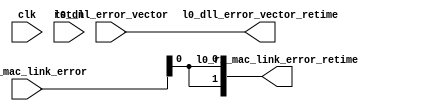

//-----------------------------------------------------------------------------
//
// (c) Copyright 2009-2010 Xilinx, Inc. All rights reserved.
//
// This file contains confidential and proprietary information
// of Xilinx, Inc. and is protected under U.S. and
// international copyright and other intellectual property
// laws.
//
// DISCLAIMER
// This disclaimer is not a license and does not grant any
// rights to the materials distributed herewith. Except as
// otherwise provided in a valid license issued to you by
// Xilinx, and to the maximum extent permitted by applicable
// law: (1) THESE MATERIALS ARE MADE AVAILABLE "AS IS" AND
// WITH ALL FAULTS, AND XILINX HEREBY DISCLAIMS ALL WARRANTIES
// AND CONDITIONS, EXPRESS, IMPLIED, OR STATUTORY, INCLUDING
// BUT NOT LIMITED TO WARRANTIES OF MERCHANTABILITY, NON-
// INFRINGEMENT, OR FITNESS FOR ANY PARTICULAR PURPOSE; and
// (2) Xilinx shall not be liable (whether in contract or tort,
// including negligence, or under any other theory of
// liability) for any loss or damage of any kind or nature
// related to, arising under or in connection with these
// materials, including for any direct, or any indirect,
// special, incidental, or consequential loss or damage
// (including loss of data, profits, goodwill, or any type of
// loss or damage suffered as a result of any action brought
// by a third party) even if such damage or loss was
// reasonably foreseeable or Xilinx had been advised of the
// possibility of the same.
//
// CRITICAL APPLICATIONS
// Xilinx products are not designed or intended to be fail-
// safe, or for use in any application requiring fail-safe
// performance, such as life-support or safety devices or
// systems, Class III medical devices, nuclear facilities,
// applications related to the deployment of airbags, or any
// other applications that could lead to death, personal
// injury, or severe property or environmental damage
// (individually and collectively, "Critical
// Applications"). Customer assumes the sole risk and
// liability of any use of Xilinx products in Critical
// Applications, subject only to applicable laws and
// regulations governing limitations on product liability.
//
// THIS COPYRIGHT NOTICE AND DISCLAIMER MUST BE RETAINED AS
// PART OF THIS FILE AT ALL TIMES.
//
//-----------------------------------------------------------------------------
// Project    : V5-Block Plus for PCI Express
//--------------------------------------------------------------------------------
//--------------------------------------------------------------------------------

//
//   ____  ____
//  /   /\/   /
// /___/  \  /    Vendor      : Xilinx
// \   \   \/     Version     : 1.1
//  \   \         Application : Generated by Xilinx PCI Express Wizard
//  /   /         Filename    : extend_clk.v
// /___/   /\     Module      : Extend Clk period of certain signals 
// \   \  /  \
//  \___\/\___\
//
//------------------------------------------------------------------------------

//  Purpose: Extend signals coming out of Block that are clocked with core_clk
//  by 0, 2 or 4 signals depending on frequency so BlkPlus(clocked using
//  user_clk) logic does not miss them.  


`ifndef Tcq
   `define Tcq 1
`endif

module extend_clk 
#(
   // use 1 for 250Mhz use 2 for 125Mhz and 4 for 62.5Mhz
   parameter CLKRATIO=1
)
(
   input            clk,
   input            rst_n,
   input   [6:0]    l0_dll_error_vector,   
   input   [1:0]    l0_rx_mac_link_error,  

   output  [6:0]    l0_dll_error_vector_retime,  
   output  [1:0]    l0_rx_mac_link_error_retime
);


   reg     [6:0]    l0_dll_error_vector_d;
   reg     [6:0]    l0_dll_error_vector_dd;
   reg     [6:0]    l0_dll_error_vector_ddd;
   reg     [1:0]    l0_rx_mac_link_error_d;
   reg     [1:0]    l0_rx_mac_link_error_dd;
   reg     [1:0]    l0_rx_mac_link_error_ddd;



always @(posedge clk) begin
   if (CLKRATIO == 2) begin          // 125Mhz
      if (!rst_n) begin
         l0_dll_error_vector_d   <= #`Tcq 6'h00;
         l0_rx_mac_link_error_d  <= #`Tcq 2'h0;
      end else begin
         l0_dll_error_vector_d   <= #`Tcq l0_dll_error_vector;
         l0_rx_mac_link_error_d  <= #`Tcq l0_rx_mac_link_error;
      end
   end else if (CLKRATIO == 4) begin // 62.5Mhz
      if (!rst_n)
      begin
         l0_dll_error_vector_d     <= #`Tcq 6'h00;
         l0_dll_error_vector_dd    <= #`Tcq 6'h00;
         l0_dll_error_vector_ddd   <= #`Tcq 6'h00;

         l0_rx_mac_link_error_d    <= #`Tcq 2'h0;
         l0_rx_mac_link_error_dd   <= #`Tcq 2'h0;
         l0_rx_mac_link_error_ddd  <= #`Tcq 2'h0;
      end else begin
         l0_dll_error_vector_d     <= #`Tcq l0_dll_error_vector;
         l0_dll_error_vector_dd    <= #`Tcq l0_dll_error_vector_d;
         l0_dll_error_vector_ddd   <= #`Tcq l0_dll_error_vector_dd;

         l0_rx_mac_link_error_d    <= #`Tcq l0_rx_mac_link_error;
         l0_rx_mac_link_error_dd   <= #`Tcq l0_rx_mac_link_error_d;
         l0_rx_mac_link_error_ddd  <= #`Tcq l0_rx_mac_link_error_dd;
      end
   end
end



assign l0_dll_error_vector_retime[6] =
   (CLKRATIO==2) ? (l0_dll_error_vector[6]    | l0_dll_error_vector_d[6]) :
   (CLKRATIO==4) ? (l0_dll_error_vector[6]    | l0_dll_error_vector_d[6] |
                    l0_dll_error_vector_dd[6] | l0_dll_error_vector_ddd[6]) :
                    l0_dll_error_vector[6];

assign l0_dll_error_vector_retime[5] =
   (CLKRATIO==2) ? (l0_dll_error_vector[5]    | l0_dll_error_vector_d[5]) :
   (CLKRATIO==4) ? (l0_dll_error_vector[5]    | l0_dll_error_vector_d[5] |
                    l0_dll_error_vector_dd[5] | l0_dll_error_vector_ddd[5]) :
                    l0_dll_error_vector[5];

assign l0_dll_error_vector_retime[4] =
   (CLKRATIO==2) ? (l0_dll_error_vector[4]    | l0_dll_error_vector_d[4]) :
   (CLKRATIO==4) ? (l0_dll_error_vector[4]    | l0_dll_error_vector_d[4] |
                    l0_dll_error_vector_dd[4] | l0_dll_error_vector_ddd[4]) :
                    l0_dll_error_vector[4];

assign l0_dll_error_vector_retime[3] =
   (CLKRATIO==2) ? (l0_dll_error_vector[3]    | l0_dll_error_vector_d[3]) :
   (CLKRATIO==4) ? (l0_dll_error_vector[3]    | l0_dll_error_vector_d[3] |
                    l0_dll_error_vector_dd[3] | l0_dll_error_vector_ddd[3]) :
                    l0_dll_error_vector[3];

assign l0_dll_error_vector_retime[2] =
   (CLKRATIO==2) ? (l0_dll_error_vector[2]    | l0_dll_error_vector_d[2]) :
   (CLKRATIO==4) ? (l0_dll_error_vector[2]    | l0_dll_error_vector_d[2] |
                    l0_dll_error_vector_dd[2] | l0_dll_error_vector_ddd[2]) :
                    l0_dll_error_vector[2];

assign l0_dll_error_vector_retime[1] =
   (CLKRATIO==2) ? (l0_dll_error_vector[1]    | l0_dll_error_vector_d[1]) :
   (CLKRATIO==4) ? (l0_dll_error_vector[1]    | l0_dll_error_vector_d[1] |
                    l0_dll_error_vector_dd[1] | l0_dll_error_vector_ddd[1]) :
                    l0_dll_error_vector[1];

assign l0_dll_error_vector_retime[0] =
   (CLKRATIO==2) ? (l0_dll_error_vector[0]    | l0_dll_error_vector_d[0]) :
   (CLKRATIO==4) ? (l0_dll_error_vector[0]    | l0_dll_error_vector_d[0] |
                    l0_dll_error_vector_dd[0] | l0_dll_error_vector_ddd[0]) :
                    l0_dll_error_vector[0];



assign l0_rx_mac_link_error_retime[1] =
   (CLKRATIO==2) ? (l0_rx_mac_link_error[1]    | l0_rx_mac_link_error_d[1]) :
   (CLKRATIO==4) ? (l0_rx_mac_link_error_d[1]  | l0_rx_mac_link_error_dd[1] |
                    l0_rx_mac_link_error_dd[1] | l0_rx_mac_link_error_ddd[1]) :
                    l0_rx_mac_link_error;

assign l0_rx_mac_link_error_retime[0] =
   (CLKRATIO==2) ? (l0_rx_mac_link_error[0]    | l0_rx_mac_link_error_d[0]) :
   (CLKRATIO==4) ? (l0_rx_mac_link_error_d[0]  | l0_rx_mac_link_error_dd[0] |
                    l0_rx_mac_link_error_dd[0] | l0_rx_mac_link_error_ddd[0]) :
                    l0_rx_mac_link_error;



endmodule